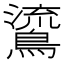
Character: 𪃂